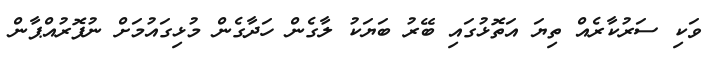
ވަކި ސަރުކާރެއް ތިޔަ އަތޮޅުގައި ބޭރު ބަޔަކު ލާގެން ހަދާގެން މުޅިގައުމަށް ނުފޮރުއްޕާން